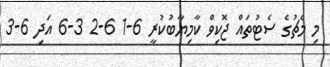
މި މެޗުގެ ސެޓުތައް ޖޮކިވް ކާމިޔާބުކުރީ 6-1 6-2 3-6 އަދި 6-3